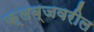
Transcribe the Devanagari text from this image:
क्लब्जवरील